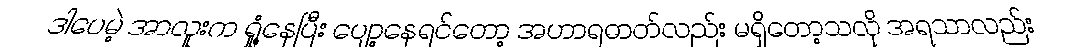
ဒါပေမဲ့ အာလူးက ရှုံ့နေပြီး ပျော့နေရင်တော့ အဟာရဓာတ်လည်း မရှိတော့သလို အရသာလည်း